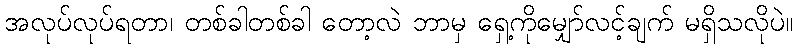
အလုပ်လုပ်ရတာ၊ တစ်ခါတစ်ခါ တော့လဲ ဘာမှ ရှေ့ကိုမျှော်လင့်ချက် မရှိသလိုပဲ။